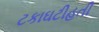
ટકાઘટીહતી